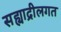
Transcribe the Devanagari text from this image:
सह्याद्रीलगत